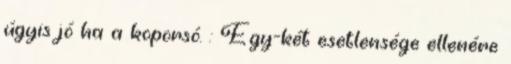
úgyis jó ha a koporsó. : Egy-két esetlensége ellenére